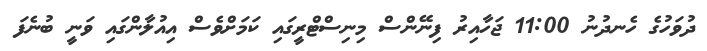
ދުވަހުގެ ހެނދުނު 11:00 ޖަހާއިރު ފިނޭންސް މިނިސްޓްރީގައި ކަމަށްވެސް އިއުލާންގައި ވަނީ ބުނެފަ